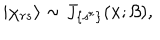
| \chi _ { r s } \rangle \sim J _ { \{ s ^ { r } \} } ( x ; \beta ) ,